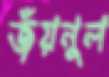
জঁয়নুল